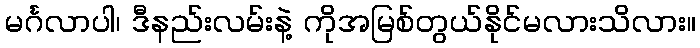
မင်္ဂလာပါ၊ ဒီနည်းလမ်းနဲ့ ကိုအမြစ်တွယ်နိုင်မလားသိလား။